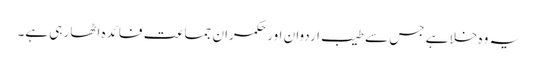
یہ وہ خلا ہے جس سے طیب اردوان اور حکمران جماعت فائدہ اٹھا رہی ہے۔